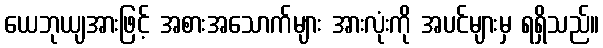
ယေဘုယျအားဖြင့် အစားအသောက်များ အားလုံးကို အပင်များမှ ရရှိသည်။